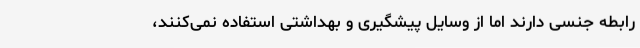
رابطه جنسی دارند اما از وسایل پیشگیری و بهداشتی استفاده نمی‌کنند،